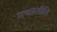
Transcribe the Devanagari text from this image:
गच्छतीति